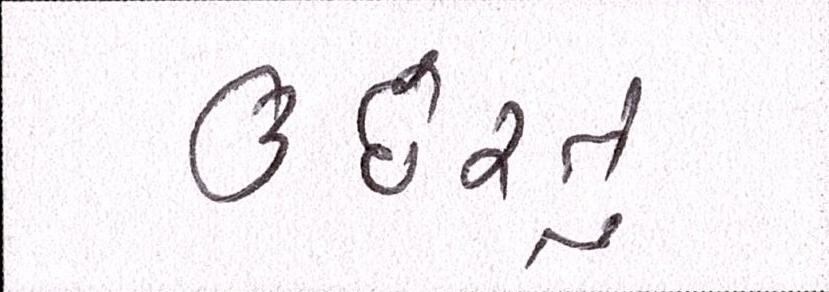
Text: ઉછેરતું